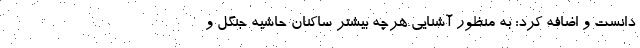
دانست و اضافه کرد: به منظور آشنایی هرچه بیشتر ساکنان حاشیه جنگل و